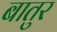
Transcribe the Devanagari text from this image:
बातुर